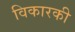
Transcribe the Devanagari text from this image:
विकारकी